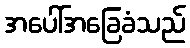
အပေါ်အခြေခံသည်